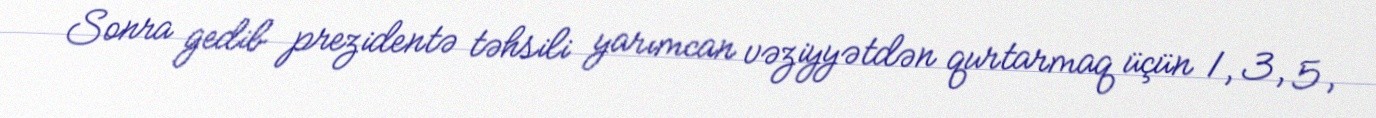
Sonra gedib prezidentə təhsili yarımcan vəziyyətdən qurtarmaq üçün 1, 3, 5,